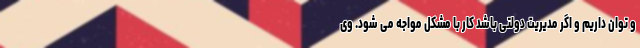
و توان داریم و اگر مدیریت دولتی باشد کار با مشکل مواجه می شود. وی